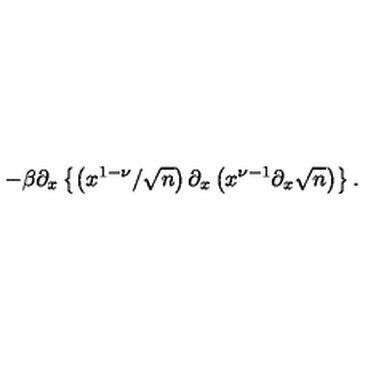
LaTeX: - \beta \partial _ { x } \left\{ \left( x ^ { 1 - \nu } / \sqrt { n } \right) \partial _ { x } \left( x ^ { \nu - 1 } \partial _ { x } \sqrt { n } \right) \right\} .